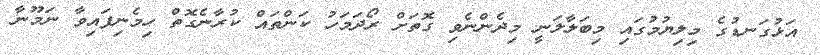
އަޅުގަނޑުގެ މިލިޔުމުގައި މިބަލާލަނީ މިދެންނެވި ގޮތަށް ރޯދަމަހު ކަންތައް ކުރާނެގޮތް ހިމެނިފައިވާ ނަމޫނާ